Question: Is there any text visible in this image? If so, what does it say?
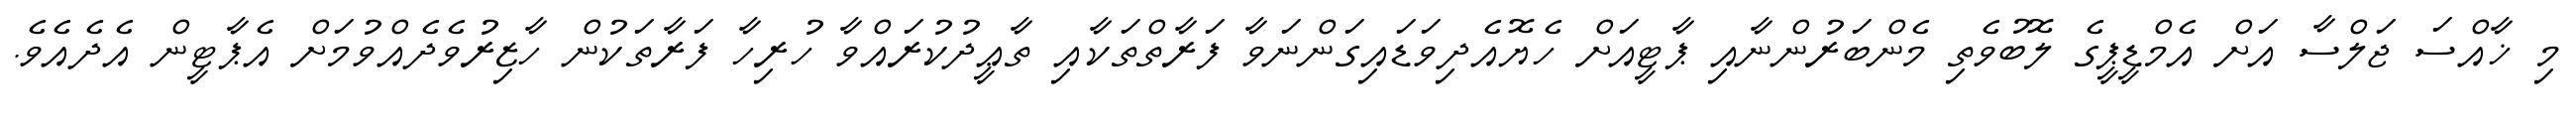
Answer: މި ޚާއްސަ ޖަލްސާ އަށް އެމްޑީޕީގެ ލޮބުވެތި މެންބަރުންނާއި ޕާޓީއަށް ހެޔޮއެދިވަޑައިގަންނަވާ ފަރާތްތަކާއި ތާޢީދުކުރައްވާ ހުރިހާ ފަރާތަކުން ހާޒިރުވެދެއްވުމަށް އެޕާޓީން އެދެއެވެ.